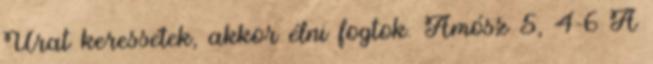
Urat keressétek, akkor élni fogtok. Ámósz 5, 4-6 A